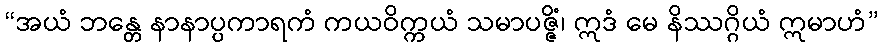
“အယံ ဘန္တေ နာနာပ္ပကာရကံ ကယဝိက္ကယံ သမာပဇ္ဇိံ၊ ဣဒံ မေ နိဿဂ္ဂိယံ ဣမာဟံ”